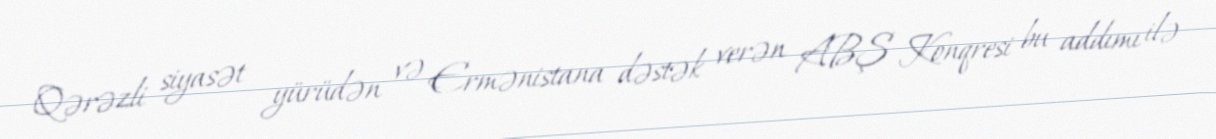
Qərəzli siyasət yürüdən və Ermənistana dəstək verən ABŞ Konqresi bu addımı ilə